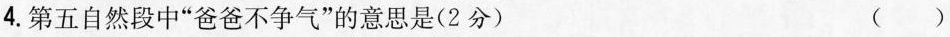
4. 第五自然段中“爸爸不争气”的意思是(2分) ( )